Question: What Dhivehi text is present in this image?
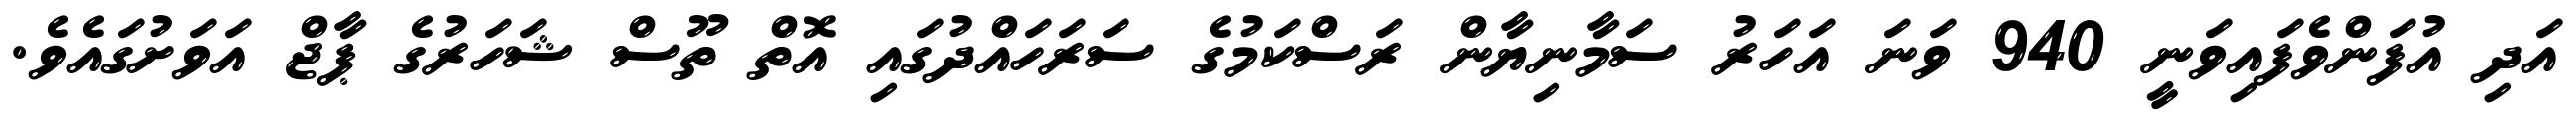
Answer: އަދި އުފަންވެފައިވަނީ 940 ވަނަ އަހަރު ސަމާނިޔާން ރަސްކަމުގެ ސަރަހައްދުގައި އޮތް ތޫސް ޝަހަރުގެ ޕާޖް އަވަށުގައެވެ.